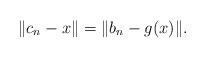
LaTeX: \begin{align*}\|c_{n}-x\|=\|b_{n}-g(x)\|.\end{align*}